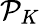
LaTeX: \mathcal{P}_{K}